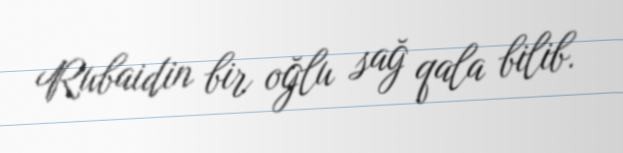
Rubaidin bir oğlu sağ qala bilib.